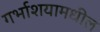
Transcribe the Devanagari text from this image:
गर्भाशयामधील